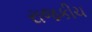
રાજકીચ